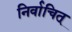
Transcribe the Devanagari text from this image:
निर्वाचित्